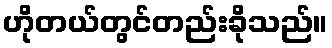
ဟိုတယ်တွင်တည်းခိုသည်။